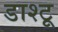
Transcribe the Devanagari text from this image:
डाश्टू